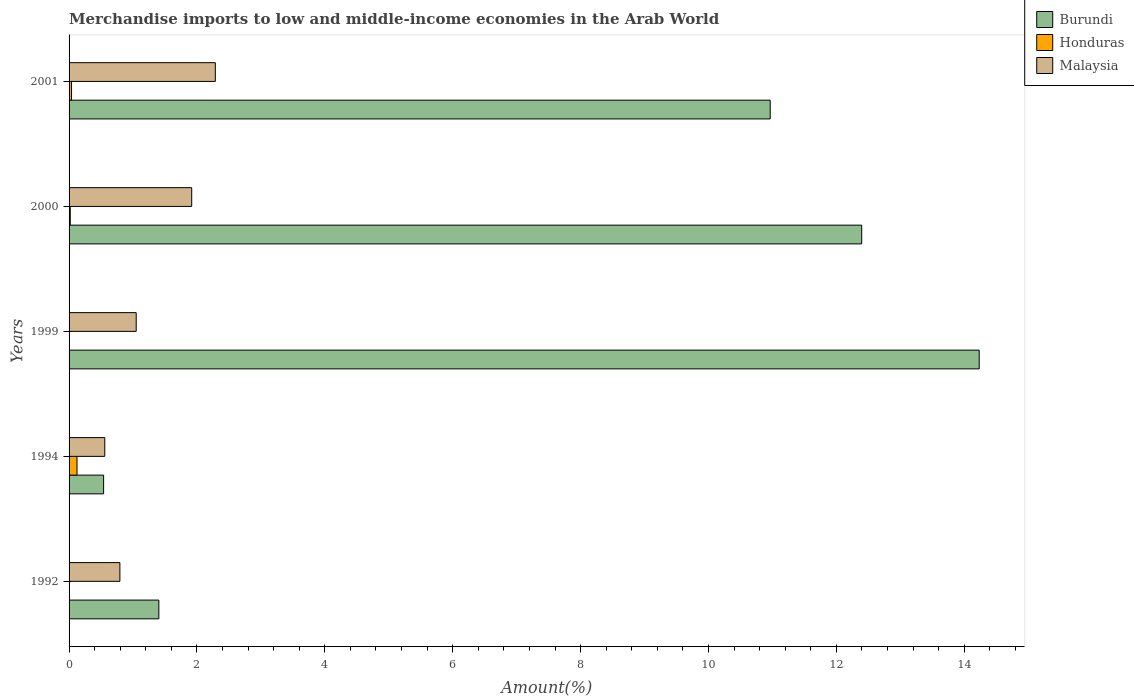
| Years | Burundi | Honduras | Malaysia |
 | --- | --- | --- | --- |
 | 1992 | 1.4 | 0.00552 | 0.795 |
 | 1994 | 0.54 | 0.124 | 0.559 |
 | 1999 | 14.2 | 0.000657 | 1.05 |
 | 2000 | 12.4 | 0.0188 | 1.92 |
 | 2001 | 11 | 0.0384 | 2.29 |